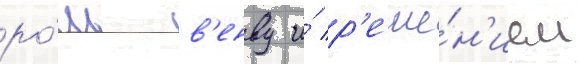
ро́ль в'енву и́ р'еше́н'ием